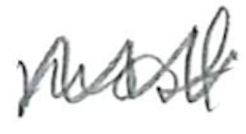
Text: most
Cross-out: zig-zag
Writing tool: pencil